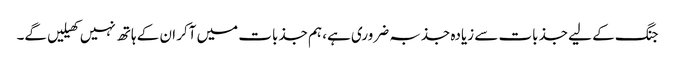
جنگ کے لیے جذبات سے زیادہ جذبہ ضروری ہے، ہم جذبات میں آکر ان کے ہاتھ نہیں کھیلیں گے۔